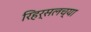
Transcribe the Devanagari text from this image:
रिहर्सलच्या